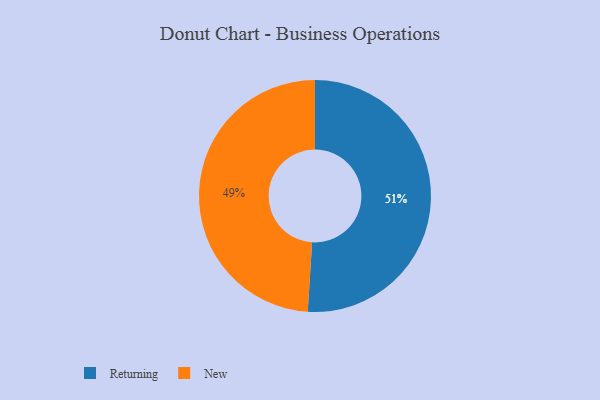
{"axis": {"x": "Category", "y": "Percentage"}, "legend": ["New", "Returning"], "data": [{"x": "Returning", "y": 51, "type": "Returning"}, {"x": "New", "y": 49, "type": "New"}]}